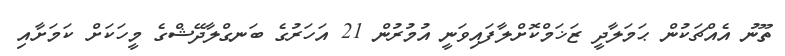
ތޫނު އެއްޗަކުން ޙަމަލާދީ ޒަޚަމްކޮށްލާފައިވަނީ އުމުރުން 21 އަހަރުގެ ބަނގްލާދޭޝްގެ މީހަކަށް ކަމަށާއި